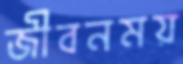
জীবনময়